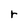
Character: r